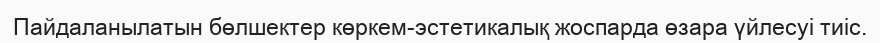
Пайдаланылатын бөлшектер көркем-эстетикалық жоспарда өзара үйлесуі тиіс.